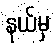
နယ်မှ